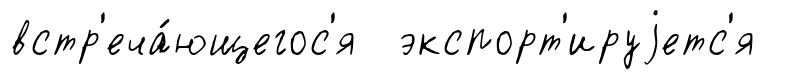
встр'еча́ющегос'я экспорт'ируjетс'я